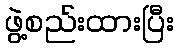
ဖွဲ့စည်းထားပြီး